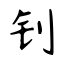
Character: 钊